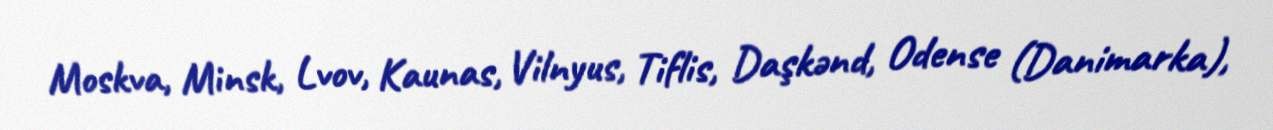
Moskva, Minsk, Lvov, Kaunas, Vilnyus, Tiflis, Daşkənd, Odense (Danimarka),